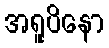
အရူပိနော